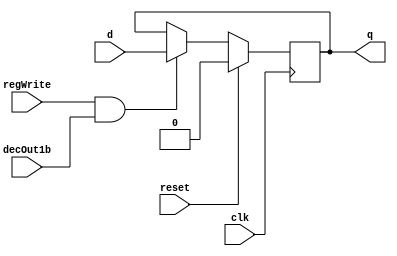
// Register File Starts

module Dff_RF(input clk, input reset, input regWrite, input decOut1b , input d, output reg q);
      always @ (posedge clk)
    begin
        if(reset == 1'b1)
        begin
            q <= 0;
        end
        else if(regWrite == 1'b1 && decOut1b == 1'b1)
        begin
            q <= d;
        end
    end
endmodule

module register32bit(input clk, input reset, input regWrite, input decOut1b, input [31:0] inR, 
                     output [31:0] outR);
    Dff_RF d0  (clk, reset, regWrite, decOut1b, inR[0],  outR[0]);
    Dff_RF d1  (clk, reset, regWrite, decOut1b, inR[1],  outR[1]);
    Dff_RF d2  (clk, reset, regWrite, decOut1b, inR[2],  outR[2]);
    Dff_RF d3  (clk, reset, regWrite, decOut1b, inR[3],  outR[3]);
    Dff_RF d4  (clk, reset, regWrite, decOut1b, inR[4],  outR[4]);
    Dff_RF d5  (clk, reset, regWrite, decOut1b, inR[5],  outR[5]);
    Dff_RF d6  (clk, reset, regWrite, decOut1b, inR[6],  outR[6]);
    Dff_RF d7  (clk, reset, regWrite, decOut1b, inR[7],  outR[7]);
    Dff_RF d8  (clk, reset, regWrite, decOut1b, inR[8],  outR[8]);
    Dff_RF d9  (clk, reset, regWrite, decOut1b, inR[9],  outR[9]);
    Dff_RF d10 (clk, reset, regWrite, decOut1b, inR[10], outR[10]);
    Dff_RF d11 (clk, reset, regWrite, decOut1b, inR[11], outR[11]);
    Dff_RF d12 (clk, reset, regWrite, decOut1b, inR[12], outR[12]);
    Dff_RF d13 (clk, reset, regWrite, decOut1b, inR[13], outR[13]);
    Dff_RF d14 (clk, reset, regWrite, decOut1b, inR[14], outR[14]);
    Dff_RF d15 (clk, reset, regWrite, decOut1b, inR[15], outR[15]);
    Dff_RF d16 (clk, reset, regWrite, decOut1b, inR[16], outR[16]);
    Dff_RF d17 (clk, reset, regWrite, decOut1b, inR[17], outR[17]);
    Dff_RF d18 (clk, reset, regWrite, decOut1b, inR[18], outR[18]);
    Dff_RF d19 (clk, reset, regWrite, decOut1b, inR[19], outR[19]);
    Dff_RF d20 (clk, reset, regWrite, decOut1b, inR[20], outR[20]);
    Dff_RF d21 (clk, reset, regWrite, decOut1b, inR[21], outR[21]);
    Dff_RF d22 (clk, reset, regWrite, decOut1b, inR[22], outR[22]);
    Dff_RF d23 (clk, reset, regWrite, decOut1b, inR[23], outR[23]);
    Dff_RF d24 (clk, reset, regWrite, decOut1b, inR[24], outR[24]);
    Dff_RF d25 (clk, reset, regWrite, decOut1b, inR[25], outR[25]);
    Dff_RF d26 (clk, reset, regWrite, decOut1b, inR[26], outR[26]);
    Dff_RF d27 (clk, reset, regWrite, decOut1b, inR[27], outR[27]);
    Dff_RF d28 (clk, reset, regWrite, decOut1b, inR[28], outR[28]);
    Dff_RF d29 (clk, reset, regWrite, decOut1b, inR[29], outR[29]);
    Dff_RF d30 (clk, reset, regWrite, decOut1b, inR[30], outR[30]);
    Dff_RF d31 (clk, reset, regWrite, decOut1b, inR[31], outR[31]);
endmodule

// Note: r0 in MIPS is always 0
module registerSet(input clk, input reset, input regWrite, input [31:0] decOut, input [31:0] writeData,
                   output [31:0] outR0,  output [31:0] outR1,  output [31:0] outR2,  output [31:0] outR3,
                   output [31:0] outR4,  output [31:0] outR5,  output [31:0] outR6,  output [31:0] outR7,
                   output [31:0] outR8,  output [31:0] outR9,  output [31:0] outR10, output [31:0] outR11,
                   output [31:0] outR12, output [31:0] outR13, output [31:0] outR14, output [31:0] outR15,
                   output [31:0] outR16, output [31:0] outR17, output [31:0] outR18, output [31:0] outR19,
                   output [31:0] outR20, output [31:0] outR21, output [31:0] outR22, output [31:0] outR23,
                   output [31:0] outR24, output [31:0] outR25, output [31:0] outR26, output [31:0] outR27,
                   output [31:0] outR28, output [31:0] outR29, output [31:0] outR30, output [31:0] outR31);
    register32bit r0  (clk, reset, regWrite, decOut[0],  32'b0, outR0);
    register32bit r1  (clk, reset, regWrite, decOut[1],  writeData, outR1);
    register32bit r2  (clk, reset, regWrite, decOut[2],  writeData, outR2);
    register32bit r3  (clk, reset, regWrite, decOut[3],  writeData, outR3);
    register32bit r4  (clk, reset, regWrite, decOut[4],  writeData, outR4);
    register32bit r5  (clk, reset, regWrite, decOut[5],  writeData, outR5);
    register32bit r6  (clk, reset, regWrite, decOut[6],  writeData, outR6);
    register32bit r7  (clk, reset, regWrite, decOut[7],  writeData, outR7);
    register32bit r8  (clk, reset, regWrite, decOut[8],  writeData, outR8);
    register32bit r9  (clk, reset, regWrite, decOut[9],  writeData, outR9);
    register32bit r10 (clk, reset, regWrite, decOut[10], writeData, outR10);
    register32bit r11 (clk, reset, regWrite, decOut[11], writeData, outR11);
    register32bit r12 (clk, reset, regWrite, decOut[12], writeData, outR12);
    register32bit r13 (clk, reset, regWrite, decOut[13], writeData, outR13);
    register32bit r14 (clk, reset, regWrite, decOut[14], writeData, outR14);
    register32bit r15 (clk, reset, regWrite, decOut[15], writeData, outR15);
    register32bit r16 (clk, reset, regWrite, decOut[16], writeData, outR16);
    register32bit r17 (clk, reset, regWrite, decOut[17], writeData, outR17);
    register32bit r18 (clk, reset, regWrite, decOut[18], writeData, outR18);
    register32bit r19 (clk, reset, regWrite, decOut[19], writeData, outR19);
    register32bit r20 (clk, reset, regWrite, decOut[20], writeData, outR20);
    register32bit r21 (clk, reset, regWrite, decOut[21], writeData, outR21);
    register32bit r22 (clk, reset, regWrite, decOut[22], writeData, outR22);
    register32bit r23 (clk, reset, regWrite, decOut[23], writeData, outR23);
    register32bit r24 (clk, reset, regWrite, decOut[24], writeData, outR24);
    register32bit r25 (clk, reset, regWrite, decOut[25], writeData, outR25);
    register32bit r26 (clk, reset, regWrite, decOut[26], writeData, outR26);
    register32bit r27 (clk, reset, regWrite, decOut[27], writeData, outR27);
    register32bit r28 (clk, reset, regWrite, decOut[28], writeData, outR28);
    register32bit r29 (clk, reset, regWrite, decOut[29], writeData, outR29);
    register32bit r30 (clk, reset, regWrite, decOut[30], writeData, outR30);
    register32bit r31 (clk, reset, regWrite, decOut[31], writeData, outR31);
endmodule

module decoder5to32(input [4:0] destReg, output reg [31:0] decOut);
    always@(destReg)
    begin
        case(destReg)
            5'd0:  decOut = 32'b0000_0000_0000_0000_0000_0000_0000_0001;
            5'd1:  decOut = 32'b0000_0000_0000_0000_0000_0000_0000_0010;
            5'd2:  decOut = 32'b0000_0000_0000_0000_0000_0000_0000_0100;
            5'd3:  decOut = 32'b0000_0000_0000_0000_0000_0000_0000_1000;
            5'd4:  decOut = 32'b0000_0000_0000_0000_0000_0000_0001_0000;
            5'd5:  decOut = 32'b0000_0000_0000_0000_0000_0000_0010_0000;
            5'd6:  decOut = 32'b0000_0000_0000_0000_0000_0000_0100_0000;
            5'd7:  decOut = 32'b0000_0000_0000_0000_0000_0000_1000_0000;
            5'd8:  decOut = 32'b0000_0000_0000_0000_0000_0001_0000_0000;
            5'd9:  decOut = 32'b0000_0000_0000_0000_0000_0010_0000_0000;
            5'd10: decOut = 32'b0000_0000_0000_0000_0000_0100_0000_0000;
            5'd11: decOut = 32'b0000_0000_0000_0000_0000_1000_0000_0000;
            5'd12: decOut = 32'b0000_0000_0000_0000_0001_0000_0000_0000;
            5'd13: decOut = 32'b0000_0000_0000_0000_0010_0000_0000_0000;
            5'd14: decOut = 32'b0000_0000_0000_0000_0100_0000_0000_0000;
            5'd15: decOut = 32'b0000_0000_0000_0000_1000_0000_0000_0000;
            5'd16: decOut = 32'b0000_0000_0000_0001_0000_0000_0000_0000;
            5'd17: decOut = 32'b0000_0000_0000_0010_0000_0000_0000_0000;
            5'd18: decOut = 32'b0000_0000_0000_0100_0000_0000_0000_0000;
            5'd19: decOut = 32'b0000_0000_0000_1000_0000_0000_0000_0000;
            5'd20: decOut = 32'b0000_0000_0001_0000_0000_0000_0000_0000;
            5'd21: decOut = 32'b0000_0000_0010_0000_0000_0000_0000_0000;
            5'd22: decOut = 32'b0000_0000_0100_0000_0000_0000_0000_0000;
            5'd23: decOut = 32'b0000_0000_1000_0000_0000_0000_0000_0000;
            5'd24: decOut = 32'b0000_0001_0000_0000_0000_0000_0000_0000;
            5'd25: decOut = 32'b0000_0010_0000_0000_0000_0000_0000_0000;
            5'd26: decOut = 32'b0000_0100_0000_0000_0000_0000_0000_0000;
            5'd27: decOut = 32'b0000_1000_0000_0000_0000_0000_0000_0000;
            5'd28: decOut = 32'b0001_0000_0000_0000_0000_0000_0000_0000;
            5'd29: decOut = 32'b0010_0000_0000_0000_0000_0000_0000_0000;
            5'd30: decOut = 32'b0100_0000_0000_0000_0000_0000_0000_0000;
            5'd31: decOut = 32'b1000_0000_0000_0000_0000_0000_0000_0000;
        endcase
    end
endmodule

module mux32to1_32bits(input [31:0] in0,  input [31:0] in1,  input [31:0] in2,  input [31:0] in3,
                       input [31:0] in4,  input [31:0] in5,  input [31:0] in6,  input [31:0] in7,
                       input [31:0] in8,  input [31:0] in9,  input [31:0] in10, input [31:0] in11,
                       input [31:0] in12, input [31:0] in13, input [31:0] in14, input [31:0] in15,
                       input [31:0] in16, input [31:0] in17, input [31:0] in18, input [31:0] in19,
                       input [31:0] in20, input [31:0] in21, input [31:0] in22, input [31:0] in23,
                       input [31:0] in24, input [31:0] in25, input [31:0] in26, input [31:0] in27,
                       input [31:0] in28, input [31:0] in29, input [31:0] in30, input [31:0] in31,
                       input [4:0] select, output reg [31:0] muxOut);
    always@(in0,  in1,  in2,  in3,  in4,  in5,  in6,  in7,
            in8,  in9,  in10, in11, in12, in13, in14, in15,
            in16, in17, in18, in19, in20, in21, in22, in23,
            in24, in25, in26, in27, in28, in29, in30, in31, select)
    begin
        case(select)
            5'd0:  muxOut = in0;
            5'd1:  muxOut = in1;
            5'd2:  muxOut = in2;
            5'd3:  muxOut = in3;
            5'd4:  muxOut = in4;
            5'd5:  muxOut = in5;
            5'd6:  muxOut = in6;
            5'd7:  muxOut = in7;
            5'd8:  muxOut = in8;
            5'd9:  muxOut = in9;
            5'd10: muxOut = in10;
            5'd11: muxOut = in11;
            5'd12: muxOut = in12;
            5'd13: muxOut = in13;
            5'd14: muxOut = in14;
            5'd15: muxOut = in15;
            5'd16: muxOut = in16;
            5'd17: muxOut = in17;
            5'd18: muxOut = in18;
            5'd19: muxOut = in19;
            5'd20: muxOut = in20;
            5'd21: muxOut = in21;
            5'd22: muxOut = in22;
            5'd23: muxOut = in23;
            5'd24: muxOut = in24;
            5'd25: muxOut = in25;
            5'd26: muxOut = in26;
            5'd27: muxOut = in27;
            5'd28: muxOut = in28;
            5'd29: muxOut = in29;
            5'd30: muxOut = in30;
            5'd31: muxOut = in31;
        endcase
    end
endmodule

module registerFile(input clk, input reset, input regWrite, input [4:0] rs, input [4:0] rt, input [4:0] rd,
                          input [31:0] writeData, output [31:0] regRs, output [31:0] regRt);
    wire [31:0] decOut;
    wire [31:0] outR0,  outR1,  outR2,  outR3,  outR4,  outR5,  outR6,  outR7;
    wire [31:0] outR8,  outR9,  outR10, outR11, outR12, outR13, outR14, outR15;
    wire [31:0] outR16, outR17, outR18, outR19, outR20, outR21, outR22, outR23;
    wire [31:0] outR24, outR25, outR26, outR27, outR28, outR29, outR30, outR31;

    decoder5to32 rdDec (rd, decOut);

    registerSet regSet (clk, reset, regWrite, decOut, writeData,
                        outR0,  outR1,  outR2,  outR3,
                        outR4,  outR5,  outR6,  outR7,
                        outR8,  outR9,  outR10, outR11,
                        outR12, outR13, outR14, outR15,
                        outR16, outR17, outR18, outR19,
                        outR20, outR21, outR22, outR23,
                        outR24, outR25, outR26, outR27,
                        outR28, outR29, outR30, outR31);

    mux32to1_32bits rsSel (outR0,  outR1,  outR2,  outR3,
                           outR4,  outR5,  outR6,  outR7,
                           outR8,  outR9,  outR10, outR11,
                           outR12, outR13, outR14, outR15,
                           outR16, outR17, outR18, outR19,
                           outR20, outR21, outR22, outR23,
                           outR24, outR25, outR26, outR27,
                           outR28, outR29, outR30, outR31,
                           rs, regRs);


    mux32to1_32bits rtSel (outR0,  outR1,  outR2,  outR3,
                           outR4,  outR5,  outR6,  outR7,
                           outR8,  outR9,  outR10, outR11,
                           outR12, outR13, outR14, outR15,
                           outR16, outR17, outR18, outR19,
                           outR20, outR21, outR22, outR23,
                           outR24, outR25, outR26, outR27,
                           outR28, outR29, outR30, outR31,
                           rt, regRt);

endmodule